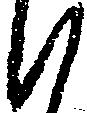
候